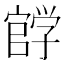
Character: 𰌰